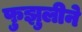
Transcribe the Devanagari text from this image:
फुझुलीने